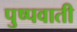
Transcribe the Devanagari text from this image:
पुष्पवाती